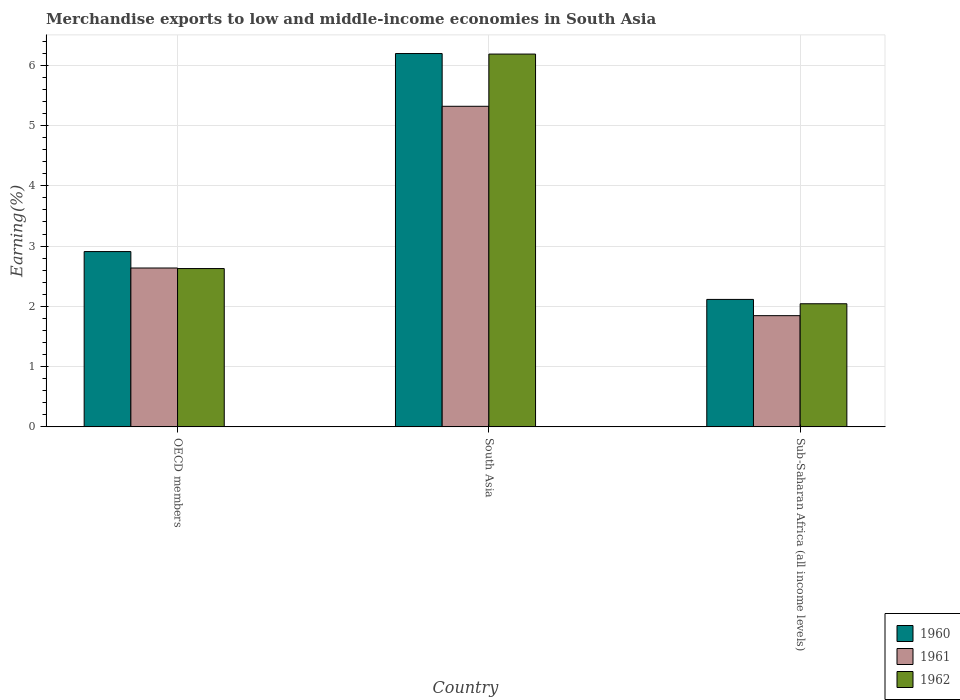
| Country | 1960 | 1961 | 1962 |
 | --- | --- | --- | --- |
 | OECD members | 2.91 | 2.64 | 2.63 |
 | South Asia | 6.19 | 5.32 | 6.19 |
 | Sub-Saharan Africa (all income levels) | 2.11 | 1.85 | 2.04 |